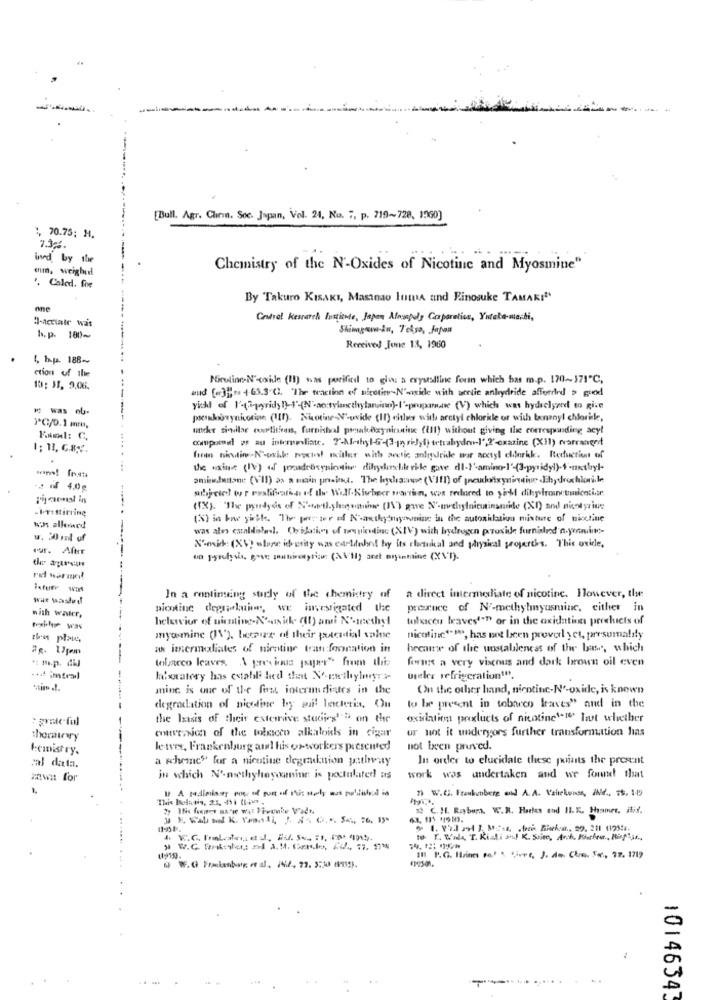
[Bull. Agr. Chein. Soc. Japan, Vol. 24, No. ", p. 719~728, 1960)
1, 70.75; M.
73%
ind by the
ehm, weighed
Chemistry of the N'-Oxides of Nicotine and Myosmine"
'. Caled. foe
By Takuro KISAKI, Masinao lumA and Rinosuke TAMAKI"
Il-Acttale was
Cetro! Kescarch Pustitnte, Japan Atopoly Caparatics, Yıtele-marti,
Shimgan-An, Tekso, Japan
h. p. 180~
Received June 13, 1960
(, hp. 188~
ction of the
Nicoline-N'coke (11) was porifind to gios a crystalline foran which has m.p. 170~171"℃,
10: 3. 9,06.
aud [.]]- 4-65.3 ℃. "The traction eff nicotinN'oxide with sortie anhydride afforded > good
₩ was ou-
yill of I'(Sprids D) -- (N-acrylicthylan.inn)-I'-propara (V) which was hydrolyzed to give
pseudoorynicotine (III). Nicotine-N'-wide (11) chlees with arctyl chloride or wish tonanyl chlorik,
>*C/D.1 mm,
uncher sindlar cortitiens, furnishal prakoxynirasite (III) without giving the corresponding acyl
compomdl as au intermediate. 7'-Methyl-6-(3-priJyl) tetrahydro-]" ,? '-exazine (X11) rearranged
1: 11. G.R.V.
hem nindin-N'-oskke point muler with meetic anlydride woor aoctyl eldorkk. Reduction of
the sin (Iv) of poudrecysinais dilydibile rile gave di-l'amino-l'-(3-pyridy)-+-unthyl-
aminhase (VII) as a main probst. The lycracause (VIII) of prendotrynietine Jihydrochloride
-s of 4,0g
.F.TIStitling
(IX). "The pyrrdydis of S-tacti.sheenamine (IV') gave N'-methylnicutinaniide (XI) and nicstyrine
( i bre yitk. The pre zer of K'-antly myenine in the autoxilatko mixture of nicctine
wont allowed
was ales caabdislendl. Oeilations of toruniontinc (XIV) with hydrogen provide furnished n.yunis-
u. 20ml of
N-mit: (X) wlane id erity was carlilohnt by its classical and physical properties. This oxicle.
wa pyrolysis, gave meatirowyrizu: (XV11) anet oyunmine (X\'I).
In a continuing study of the chemistry of
a direct intermediate of nicotine. However, the
with water,
nicotine degrokuim, we investigated the
preruce of N'-methylmnyasmine, cither in
helewvior of nicating-N'as icke (1) ami Noteethyl
toluicou leaves""" or in the oxidation prechicts of
Pophe Was
this plate,
myamine (1\'), Lemaire of their potential value
nicotine ** 18, has not been provol yet, paresumalily
an imermaliales of nicotine tran formation in
hecame of the uustabileness of the bas, which
teleco leaves. A previous papier" from the
foruse a very visenus and dark brown oil even
laboratory has estable lied that No-methylmeye's-
uneler refrigeration!".
mine is one of the font internudistes in the
On the other hand, nicotine-N'-oxide, is known
degradation of nicoline by guil Intteris. Ou
to be present in tobacco fraves" and in the
the latsis of their exterive studijeg'"" on the
oxidation products of nicotineti lat whether
or not it undergors further transformation has
cotterosion of the toloscco alkaloids in cigar
Iemistry.
letve, Frankenburg aml his or-workers presented
not been pruved.
a scheme" for a nicotine degradation patlay
In order to elucidate these points the present
cal data.
zw# for
in which N'asethyhoycanine is poctulated as
work was undertaken and we found that
If A sediments noe of port of shit saly was printed in
7) W.C. Frankenberg and A. A. Vaitekunss, MMd ., 75. 1-19
s! C. Hl. Rayburn, W.R. Hartes and II. K. Hanmet, itif.
to. r. Wala, T. Kiali auf K. Suite, Arch. Hierleur ., BigAss .,
1014634